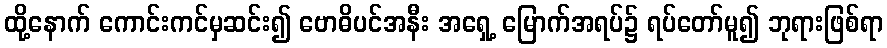
ထို့နောက် ကောင်းကင်မှဆင်း၍ ဗောဓိပင်အနီး အရှေ့ မြောက်အရပ်၌ ရပ်တော်မူ၍ ဘုရားဖြစ်ရာ